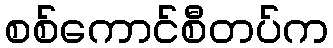
စစ်ကောင်စီတပ်က